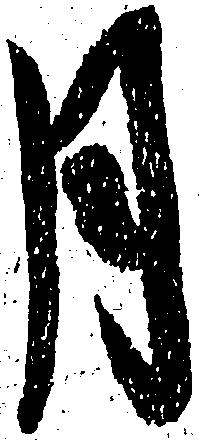
月